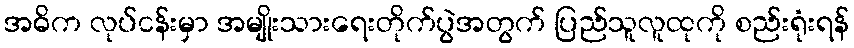
အဓိက လုပ်ငန်းမှာ အမျိုးသားရေးတိုက်ပွဲအတွက် ပြည်သူလူထုကို စည်းရုံးရန်